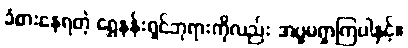
ခံစားနေရတဲ့ ရွှေနန်းရှင်ဘုရားကိုလည်း အပူမရှာကြပါနှင့်။